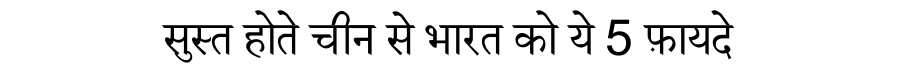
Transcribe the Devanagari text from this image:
सुस्त होते चीन से भारत को ये 5 फ़ायदे